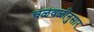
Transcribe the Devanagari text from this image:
चळवळींनुसार